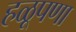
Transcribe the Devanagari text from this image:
हळूपणा